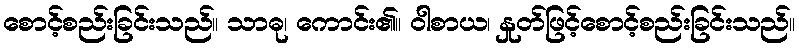
စောင့်စည်းခြင်းသည်။ သာဓု၊ ကောင်း၏။ ဝါစာယ၊ နှုတ်ဖြင့်စောင့်စည်းခြင်းသည်။